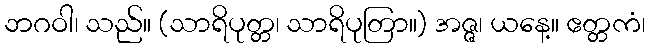
ဘဂဝါ၊ သည်။ (သာရိပုတ္တ၊ သာရိပုတြာ။) အဇ္ဇ၊ ယနေ့။ ဧတ္တကံ၊